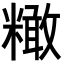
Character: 𥼲